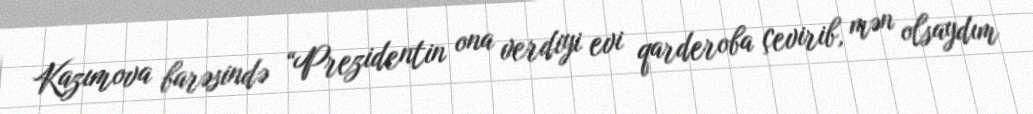
Kazımova barəsində “Prezidentin ona verdiyi evi qarderoba çevirib, mən olsaydım